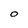
Character: O